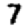
Digit: 7